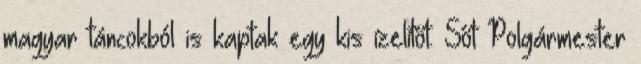
magyar táncokból is kaptak egy kis ízelítőt. Sőt Polgármester